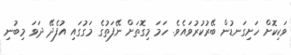
ވަކިކޮށް ހަށިގަނޑުން ބޭރުކުރުވައެވެ. ހަމަ މިގޮތަށް ނޭފަތުގެ މަގުގައި އުފެދޭ ދަވަ މިބުނި